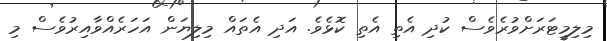
މިލިމީޓަރަށްވުރެވެސް ކުދި އެތި އެތި ކޮޅެވެ. އަދި އެތައް މިލިޔަން އަހަރެއްވާއިރުވެސް މި